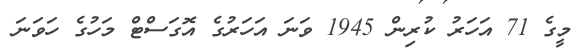
މީގެ 71 އަހަރު ކުރިން 1945 ވަނަ އަހަރުގެ އޮގަސްޓް މަހުގެ ހަވަނަ